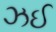
ઝઈ